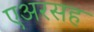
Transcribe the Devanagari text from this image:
एअरसह